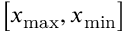
\left[ x _ { \mathrm { m a x } } , x _ { \mathrm { m i n } } \right]